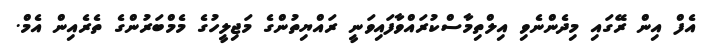
އެފް އިން ރޭގައި މިދެންނެވި އިލްތިމާސްކުރައްވާފައިވަނީ ރައްޔިތުންގެ މަޖިލީހުގެ މެމްބަރުންގެ ތެރެއިން އެމް.